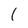
Character: 1